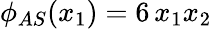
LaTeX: \phi_{AS}(x_{1})=6\, x_{1}x_{2}